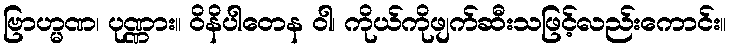
ဗြာဟ္မဏ၊ ပုဏ္ဏား။ ဝိနိပါတေန ဝါ၊ ကိုယ်ကိုဖျက်ဆီးသဖြင့်လည်းကောင်း။